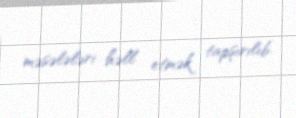
məsələləri həll etmək tapşırılıb.